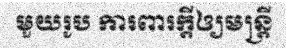
មួយរូប ការពារក្តីឲ្យមន្ត្រី